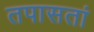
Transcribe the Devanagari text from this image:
तपासतां